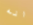
انه